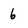
Character: 6